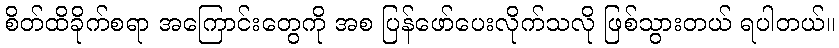
စိတ်ထိခိုက်စရာ အကြောင်းတွေကို အစ ပြန်ဖော်ပေးလိုက်သလို ဖြစ်သွားတယ် ရပါတယ်။